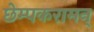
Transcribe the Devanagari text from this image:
छेम्पकरामन्